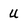
Character: u